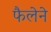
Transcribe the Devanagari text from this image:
फैलेने